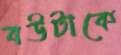
বউটাকে